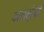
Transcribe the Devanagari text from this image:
अग्रक्षेत्रों